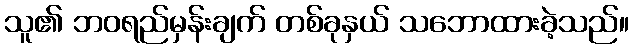
သူ၏ ဘဝရည်မှန်းချက် တစ်ခုနှယ် သဘောထားခဲ့သည်။